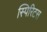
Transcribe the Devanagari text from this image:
स्पिरिटस